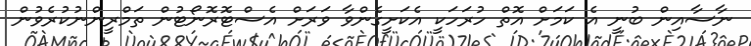
ނާސާއިން ބުނީ އެ ކަމަށް އޮތް ހުރަހަކީ އެކަށީގެންވާ ވަރަށް އެސްޓޮރޮނޯޓުން ތަމްރީންނުކުރެވުން